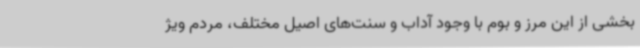
بخشی از این مرز و بوم با وجود آداب و سنت‌های اصیل مختلف، مردم ویژ